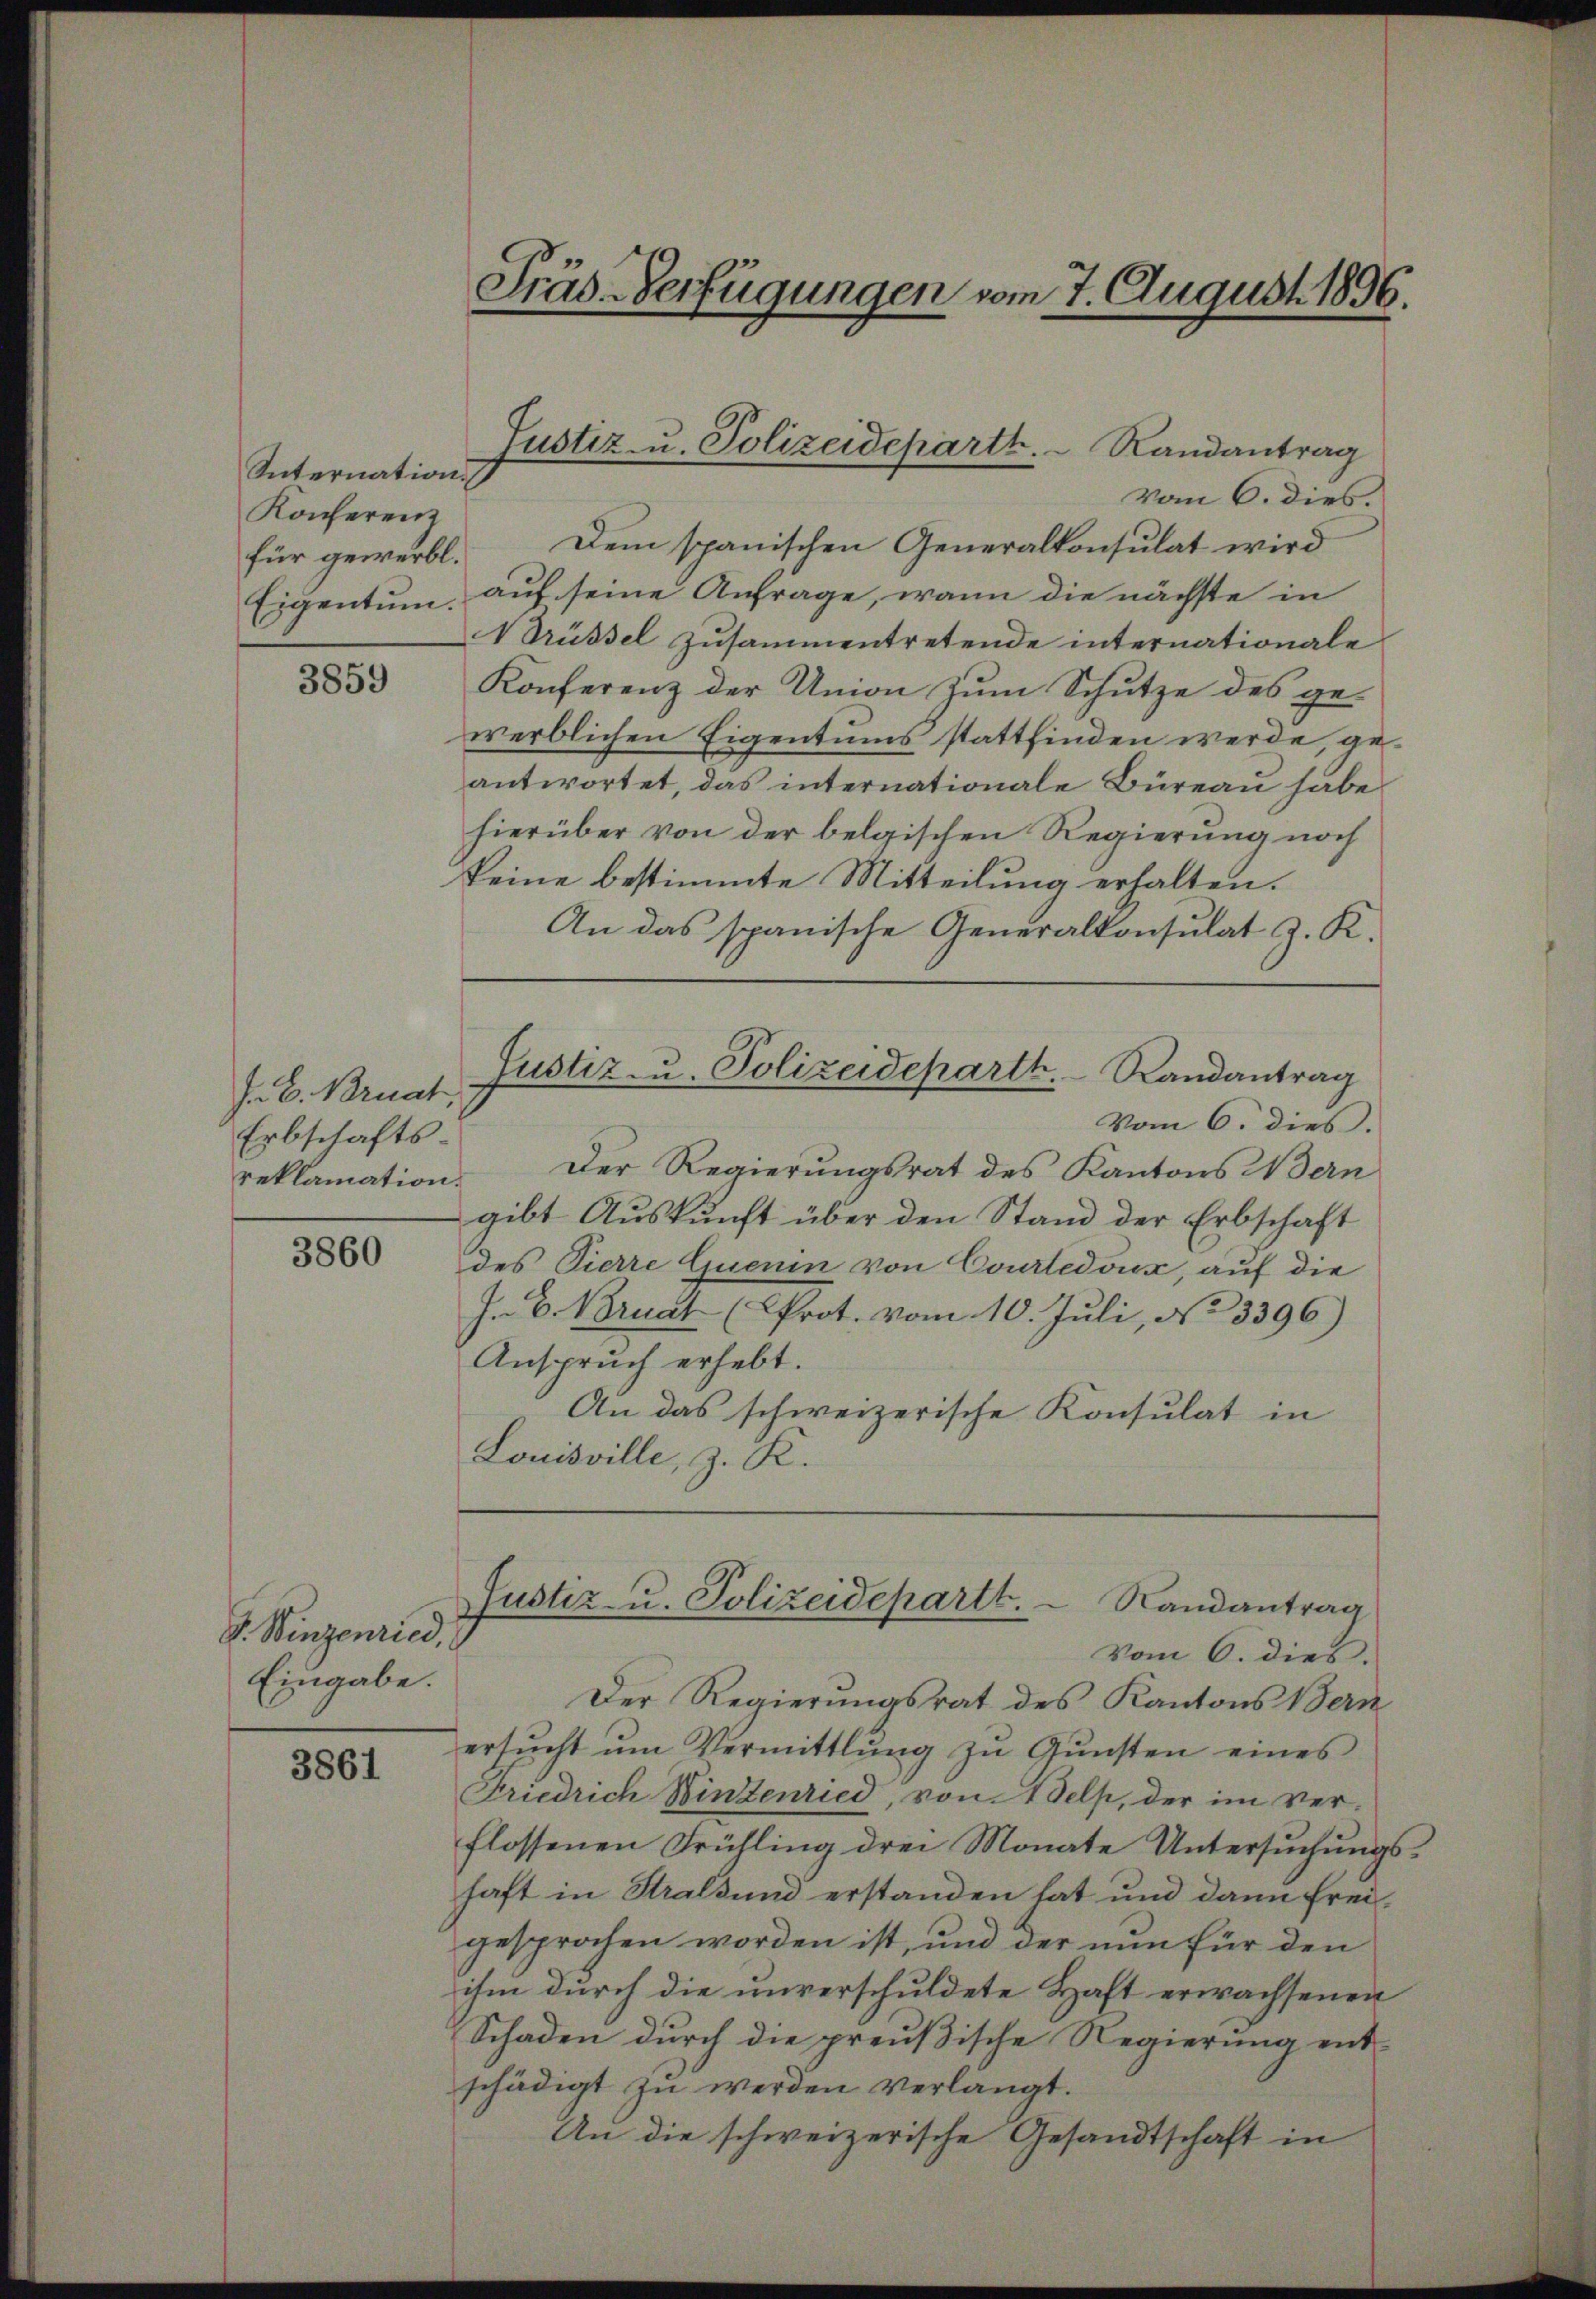
Internation
Konferenz
Eigentum.

3859

J. B. Bruat
Erbschafts:
reklamation.

3860

J. Binzenried,
Eingabe.

3861

vom 6. dies.
für gewerbt. Dem spanischen Generalkonsulat wird
auf seine Anfrage, wann die nächste in
drüssel zusammentretende internationale
Konferenz der Union zum Schutze des ge-
werblichen Eigentums stattfinden werde, geantwortet, das internationale Büreau habe
hierüber von der belgischen Regierung noch
keine bestimmte Mitteilung erhalten.
An das spanische Generalkonsulat J. K.
Justiz- u. Polizeideparth. Randantrag
Vom 6. dies.
Der Regierungsrat des Kantons Wern
gibt Auskunft über den Stand der Erbschaft
des Pierre Quern von Courtedoux, auf die
J. B. Bruat (Prot. vom 10. Juli, No 3396)
Anspruch erhebt.
An das schweizerische Konsulat in
Louisville, z. K.

Präs-Verfügungen vom 7. August 1896.

Justiz- u. Polizeideparth.  Randantrag

Justiz- u. Polizeidepartt. - Randantrag

Vom 6. dies.
Der Regierungsrat des Kantons Vern
ersŭcht ŭm Vermittlung zŭ Gŭnsten eines
Friedrich Wintenried, von Welp, der im ver-
flossenen Frühling drei Monate Untersuchungshaft in Stralsund erstanden hat und dann freigesprochen worden ist, und der nun für den
ihm durch die unverschuldete Haft erwachsenen
Schaden durch die preußische Regierung ent-
schädigt zu werden verlangt.
An die schweizerische Gesandtschaft in